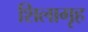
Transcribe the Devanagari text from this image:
शिलागृह